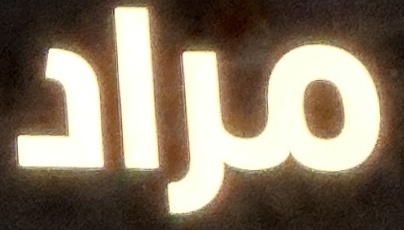
مراد